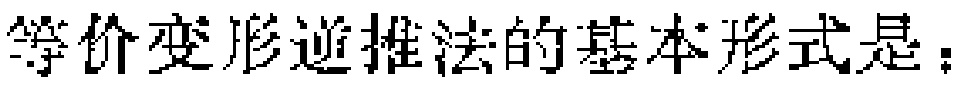
等价变形逆推法的基本形式是：